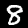
Digit: 8